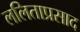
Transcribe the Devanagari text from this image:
ललिताप्रसाद